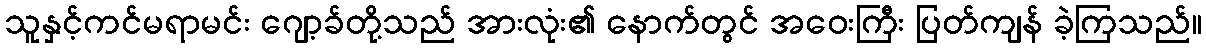
သူနှင့်ကင်မရာမင်း ဂျော့ခ်တို့သည် အားလုံး၏ နောက်တွင် အဝေးကြီး ပြတ်ကျန် ခဲ့ကြသည်။